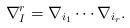
LaTeX: \begin{align*} \nabla^r_I = \nabla_{i_1} \cdots \nabla_{i_r}. \end{align*}